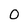
Character: O